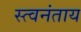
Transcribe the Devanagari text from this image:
स्त्वनंताय